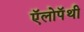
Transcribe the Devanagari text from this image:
ऍलोपॅथी